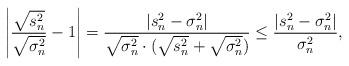
LaTeX: \begin{align*}\left| \dfrac{\sqrt{s_n^2}}{\sqrt{\sigma_n^2}} - 1 \right| = \dfrac{|s_n^2 - \sigma_n^2|}{\sqrt{\sigma_n^2} \cdot (\sqrt{s_n^2}+\sqrt{\sigma_n^2})} \leq \dfrac{|s_n^2 - \sigma_n^2|}{\sigma_n^2},\end{align*}